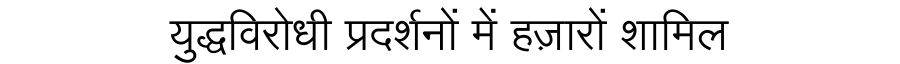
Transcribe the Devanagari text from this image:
युद्धविरोधी प्रदर्शनों में हज़ारों शामिल